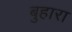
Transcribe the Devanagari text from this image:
बुहारा